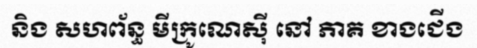
និង សហព័ន្ធ មីក្រូណេស៊ី នៅ ភាគ ខាងជើង